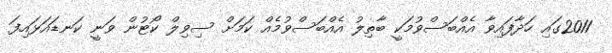
2011ގައި ހަދާފައިވާ އެއްބަސްވުމަކީ ބާތިލު އެއްބަސްވުމެއް ކަމަށް ސިވިލް ކޯޓުން ވަނީ ކަނޑައަޅައިފަ